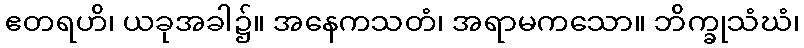
ဧတရဟိ၊ ယခုအခါ၌။ အနေကသတံ၊ အရာမကသော။ ဘိက္ခုသံဃံ၊